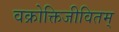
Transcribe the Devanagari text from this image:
वक्रोक्तिजीवितम्